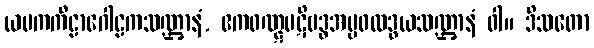
ယမကကီဠာဂေါဠကသဏ္ဌာနံ, ဧကဝဏ္ဋပဋိဗဒ္ဓအမ္ဗဖလဒွယသဏ္ဌာနံ ဝါ။ ဒိသတော